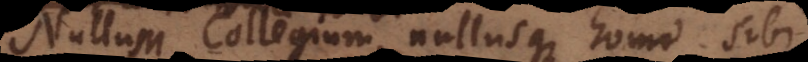
Nullum Collegium, nullusque homo sibi